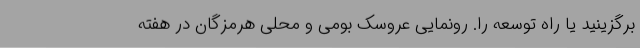
برگزینید یا راه توسعه را. رونمایی عروسک‌ بومی و محلی هرمزگان در هفته